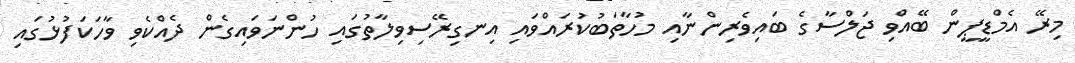
މިރޭ އެމްޑީޕީން ބޭއްވި ޖަލްސާގެ ބައިވެރިންނާއި މުހާތަބުކުރައްވައި އިނގިރޭސިވިލާތުގައި ހުންނަވައިގެން ދެއްކެވި ވާހަކަފުޅުގައި